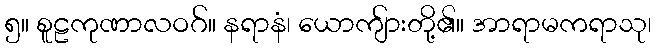
၅။ စူဠကုဏာလဝဂ်။ နရာနံ၊ ယောကျ်ားတို့၏။ အာရာမကရာသု၊